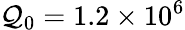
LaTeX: \mathcal{Q}_{0}=1.2\times10^{6}